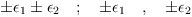
LaTeX: \begin{align*}\pm \epsilon_1 \pm\epsilon_2 \quad ; \quad \pm \epsilon_1 \quad ,\quad \pm \epsilon_2\end{align*}